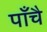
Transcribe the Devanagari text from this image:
पाँचै